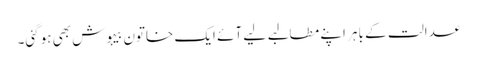
عدالت کے باہر اپنے مطالبے لیے آئے ایک خاتون بیہوش بھی ہوگئی۔